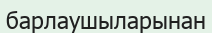
барлаушыларынан